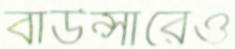
বাউন্সারেও